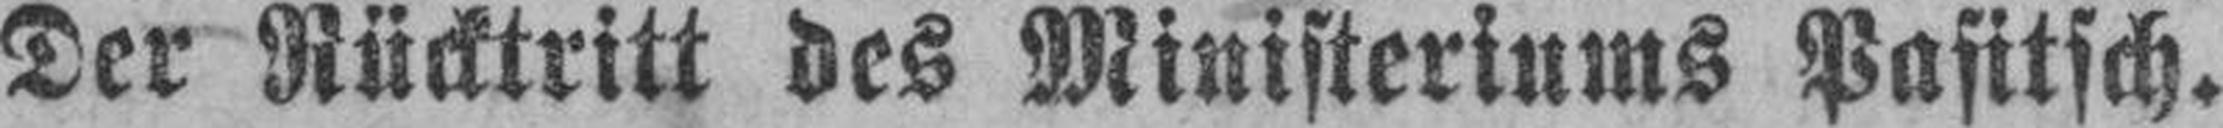
Der Rücktritt des Ministeriums Pafitsch.